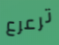
ترعرع